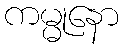
ကမ္မုနော